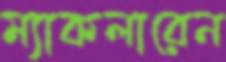
ম্যাকলারেন